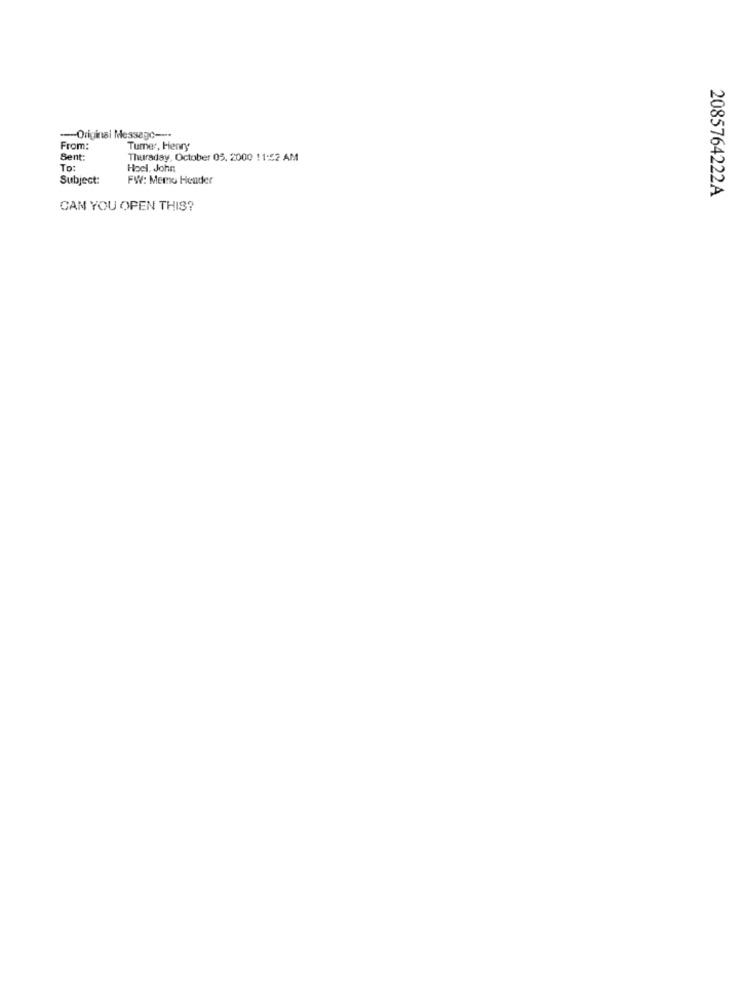
-Original Message ----
From:
Tumer, Henry
Sent:
Thursday, October 05. 2000 11:52 AM
To:
Hocl. John
Subject:
FW: Memo Header
2085764222A
CAN YOU OPEN THIS?